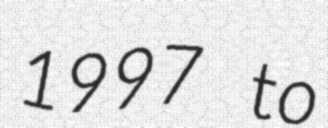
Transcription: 1997 to